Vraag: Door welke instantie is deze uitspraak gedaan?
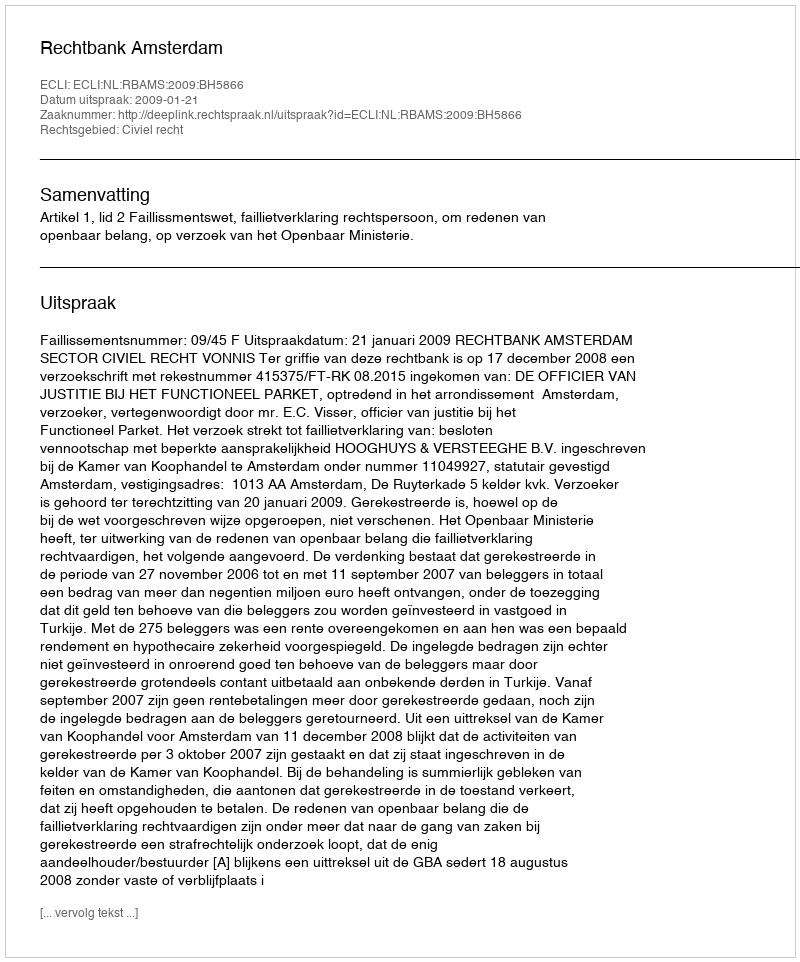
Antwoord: Rechtbank Amsterdam